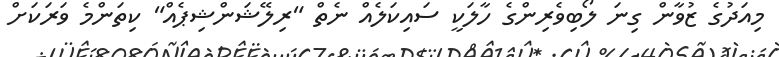
މިއަދުގެ ޒުވާން ގިނަ ލޯބިވެރިންގެ ހާލަކީ ސައިކަލެއް ނެތް "ރިލޭޝަންޝިޕެއް" ކިތަންމެ ވަރަކަށް